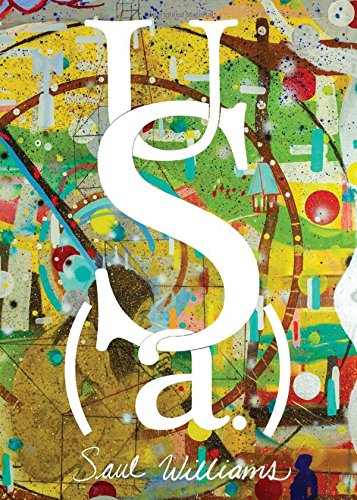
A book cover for US (a.); Saul Williams; Literature & Fiction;